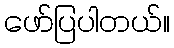
ဖော်ပြပါတယ်။